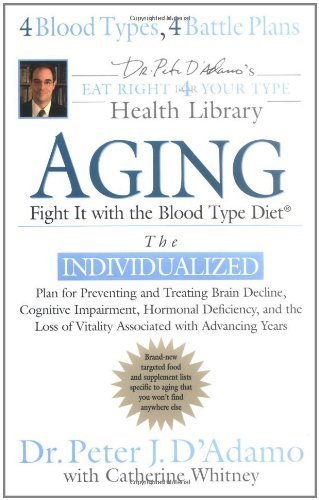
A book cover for Aging: Fight it w/ the Blood Type Diet (Eat Right 4 Your Type Health Library) by D'Adamo, Dr. Peter J., Whitney, Catherine (2005) Hardcover; Dr. Peter J., Whitney, Catherine D'Adamo; Health, Fitness & Dieting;